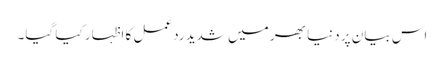
اس بیان پر دنیا بھر میں شدید ردعمل کا اظہار کیا گیا۔